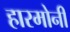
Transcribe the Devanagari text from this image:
हारमोनी